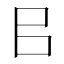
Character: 㠯